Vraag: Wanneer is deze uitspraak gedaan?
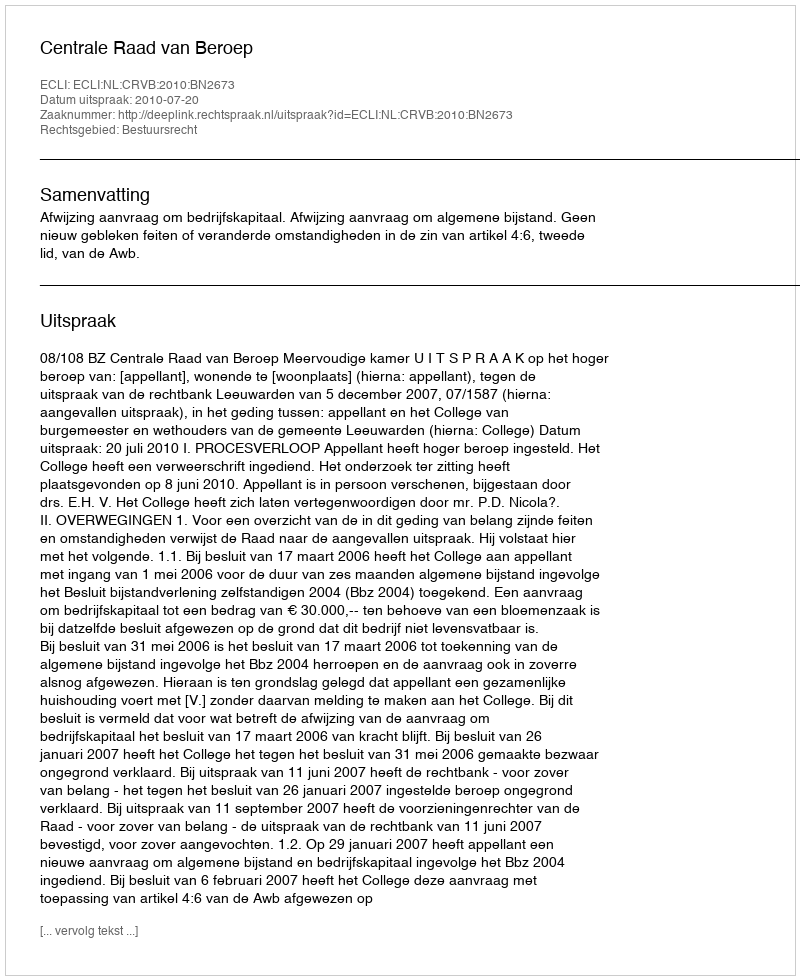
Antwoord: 2010-07-20